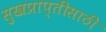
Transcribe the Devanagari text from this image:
सुखप्राप्तीसाठी